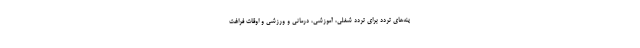
ینه‌های تردد برای تردد شغلی، آموزشی، درمانی و ورزشی و اوقات فراغت